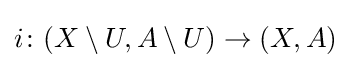
i\colon (X\setminus U,A\setminus U)\to (X,A)